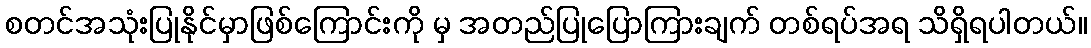
စတင်အသုံးပြုနိုင်မှာဖြစ်ကြောင်းကို မှ အတည်ပြုပြောကြားချက် တစ်ရပ်အရ သိရှိရပါတယ်။